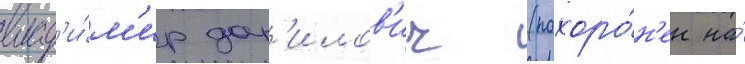
влад'и́м'ир дан'илов'ич (похоро́н'ен на́